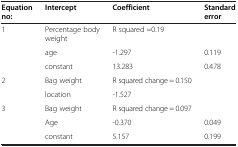
<table><thead><tr><td><b>Equation no:</b></td><td><b>Intercept</b></td><td><b>Coefficient</b></td><td><b>Standard error</b></td></tr></thead><tbody><tr><td>1</td><td>Percentage body weight</td><td>R squared =0.19</td><td> </td></tr><tr><td> </td><td>age</td><td>-1.297</td><td>0.119</td></tr><tr><td> </td><td>constant</td><td>13.283</td><td>0.478</td></tr><tr><td>2</td><td>Bag weight</td><td>R squared change = 0.150</td><td> </td></tr><tr><td> </td><td>location</td><td>-1.527</td><td> </td></tr><tr><td>3</td><td>Bag weight</td><td>R squared change = 0.097</td><td> </td></tr><tr><td> </td><td>Age</td><td>-0.370</td><td>0.049</td></tr><tr><td> </td><td>constant</td><td>5.157</td><td>0.199</td></tr></tbody></table>